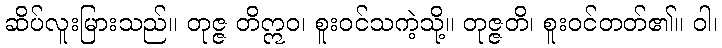
ဆိပ်လူးမြားသည်။ တုဇ္ဇ တိဣဝ၊ စူးဝင်သကဲ့သို့။ တုဇ္ဇတိ၊ စူးဝင်တတ်၏။ ဝါ၊